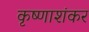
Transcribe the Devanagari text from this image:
कृष्णाशंकर